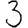
Digit: 3